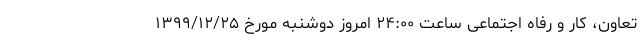
تعاون، کار و رفاه اجتماعی ساعت ۲۴:۰۰ امروز دوشنبه مورخ ۱۳۹۹/۱۲/۲۵